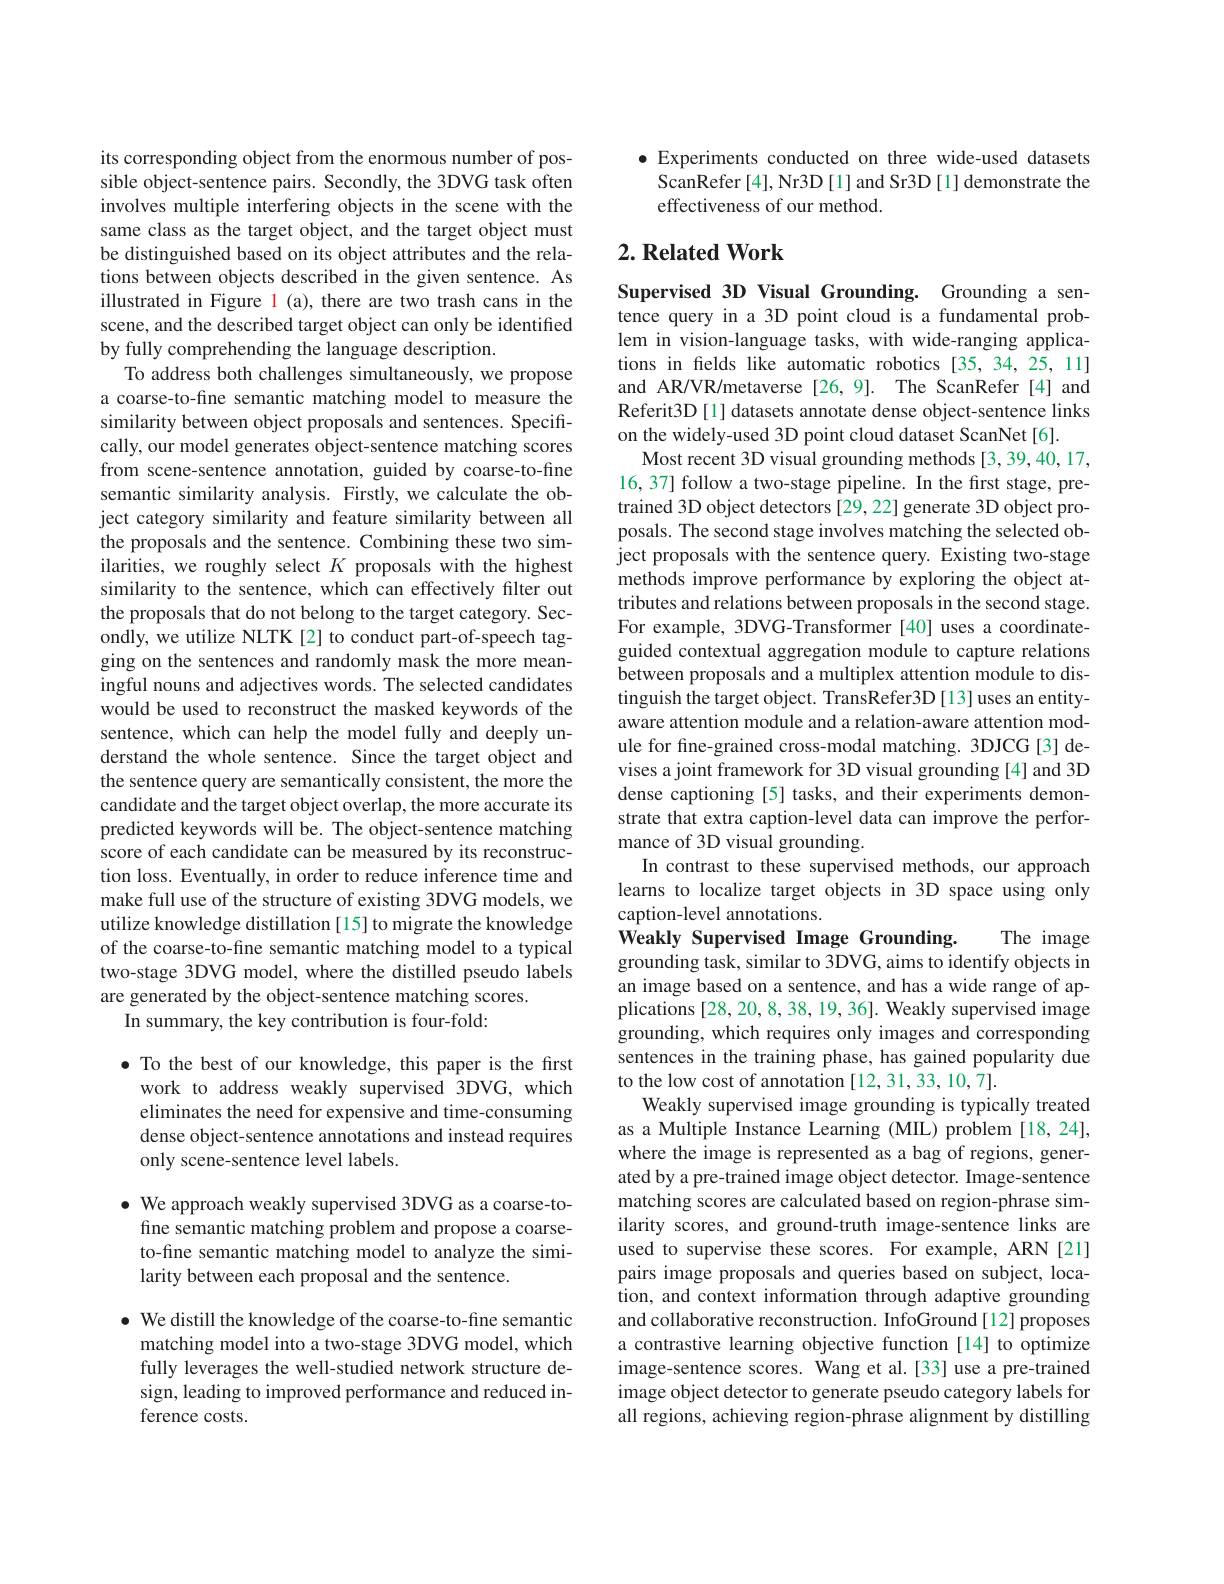
its corresponding object from the enormous number of possible object-sentence pairs. Secondly, the 3DVG task often involves multiple interfering objects in the scene with the same class as the target object, and the target object must be distinguished based on its object attributes and the relations between objects described in the given sentence. As illustrated in Figure l (a), there are two trash cans in the scene, and the described target object can only be identified by fully comprehending the language description
To address both challenges simultaneously, we propose a coarse-to-fine semantic matching model to measure the similarity between object proposals and sentences. Specifically, our model generates object-sentence matching scores from scene-sentence annotation, guided by coarse-to-fine semantic similarity analysis. Firstly, we calculate the object category similarity and feature similarity between all the proposals and the sentence. Combining these two similarities, we roughly select $K$ proposals with the highest similarity to the sentence, which can effectively filter out the proposals that do not belong to the target category. Secondly, we utilize NLTK[2] to conduct part-of-speech tagging on the sentences and randomly mask the more meaningful nouns and adjectives words. The selected candidates would be used to reconstruct the masked keywords of the sentence, which can help the model fully and deeply understand the whole sentence. Since the target object and the sentence query are semantically consistent, the more the candidate and the target object overlap, the more accurate its predicted keywords will be. The object-sentence matching score of each candidate can be measured by its reconstruction loss. Eventually, in order to reduce inference time and make full use of the structure of existing 3DVG models, we utilize knowledge distillation [15] to migrate the knowledge of the coarse-to-fine semantic matching model to a typical two-stage 3DVG model, where the distilled pseudo labels are generated by the object-sentence matching scores.
In summary, the key contribution is four-fold:

$\bullet$ To the best of our knowledge, this paper is the first
work to address weakly supervised 3DVG, which eliminates the need for expensive and time-consuming dense object-sentence annotations and instead requires only scene-sentence level labels.

$\bullet$ We approach weakly supervised 3DVG as a coarse-tofine semantic matching problem and propose a coarseto-fine semantic matching model to analyze the similarity between each proposal and the sentence.

$\bullet$ We distill the knowledge of the coarse-to-fine semantic matching model into a two-stage 3DVG model, which fully leverages the well-studied network structure design, leading to improved performance and reduced inference costs.

$\bullet$ Experiments conducted on three wide-used datasets
ScanRefer [4], Nr3D [1] and Sr3D [1] demonstrate the
effectiveness of our method.

# 2. Related Work

Supervised 3D Visual Grounding. Grounding a sentence query in a 3D point cloud is a fundamental problem in vision-language tasks, with wide-ranging applications in felds like automatic robotics [35,34,25,11] and AR/VR/metaverse [26,9]. The ScanRefer [4] and Referit3D [1] datasets annotate dense object-sentence links on the widely-used 3D point cloud dataset ScanNet[6].
Most recent 3D visual grounding methods [3,39,40,17, 16, 37] follow a two-stage pipeline. In the first stage, pretrained 3D object detectors [29,22] generate 3D object proposals. The second stage involves matching the selected object proposals with the sentence query. Existing two-stage methods improve performance by exploring the object attributes and relations between proposals in the second stage. For example, 3DVG-Transformer [40] uses a coordinateguided contextual aggregation module to capture relations between proposals and a multiplex attention module to distinguish the target object. TransRefer3D [13] uses an entityaware attention module and a relation-aware attention module for fine-grained cross-modal matching. 3DJCG[3] devises a joint framework for 3D visual grounding [4] and 3D dense captioning[5] tasks, and their experiments demonstrate that extra caption-level data can improve the performance of 3D visual grounding
In contrast to these supervised methods, our approach learns to localize target objects in 3D space using only caption-level annotations.
Weakly Supervised Image Grounding.
The image
grounding task, similar to 3DVG, aims to identify objects in an image based on a sentence, and has a wide range of applications [28, 20, 8, 38, 19, 36]. Weakly supervised image grounding, which requires only images and corresponding sentences in the training phase, has gained popularity due to the low cost of annotation [12,31,33,10,7].
Weakly supervised image grounding is typically treated as a Multiple Instance Learning (MIL) problem [18,24], where the image is represented as a bag of regions, generated by a pre-trained image object detector. Image-sentence matching scores are calculated based on region-phrase similarity scores, and ground-truth image-sentence links are used to supervise these scores. For example, ARN [21] pairs image proposals and queries based on subject, location, and context information through adaptive grounding and collaborative reconstruction. InfoGround[12] proposes a contrastive learning objective function [14] to optimize image-sentence scores. Wang et al.[33] use a pre-trained image object detector to generate pseudo category labels for all regions, achieving region-phrase alignment by distilling